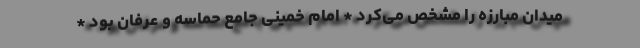
میدان مبارزه را مشخص می‌کرد * امام خمینی جامع حماسه و عرفان بود *